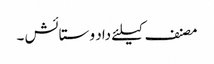
مصنف کیلئے داد و ستائش ۔